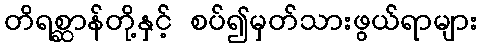
တိရစ္ဆာန်တို့နှင့် စပ်၍မှတ်သားဖွယ်ရာများ